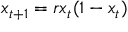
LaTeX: x _ { t + 1 } = r x _ { t } ( 1 - x _ { t } )